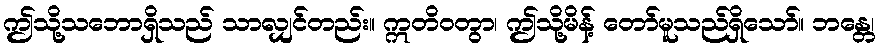
ဤသို့သဘောရှိသည် သာလျှင်တည်း။ ဣတိဝတွာ၊ ဤသို့မိန့် တော်မူသည်ရှိသော်။ ဘန္တေ၊